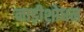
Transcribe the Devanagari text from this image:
नाड़ीशोधन